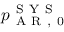
p _ { \mathrm { ~ A ~ R ~ , ~ 0 ~ } } ^ { \mathrm { ~ S ~ Y ~ S ~ } }